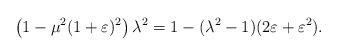
LaTeX: \begin{align*}\left( 1-\mu^{2}(1+\varepsilon)^{2}\right) \lambda^{2}=1-(\lambda^{2}-1)(2\varepsilon+\varepsilon^{2}). \end{align*}